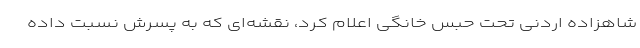
شاهزاده اردنی تحت حبس خانگی اعلام کرد، نقشه‌ای که به پسرش نسبت داده